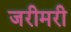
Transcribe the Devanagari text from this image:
जरीमरी